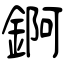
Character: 錒